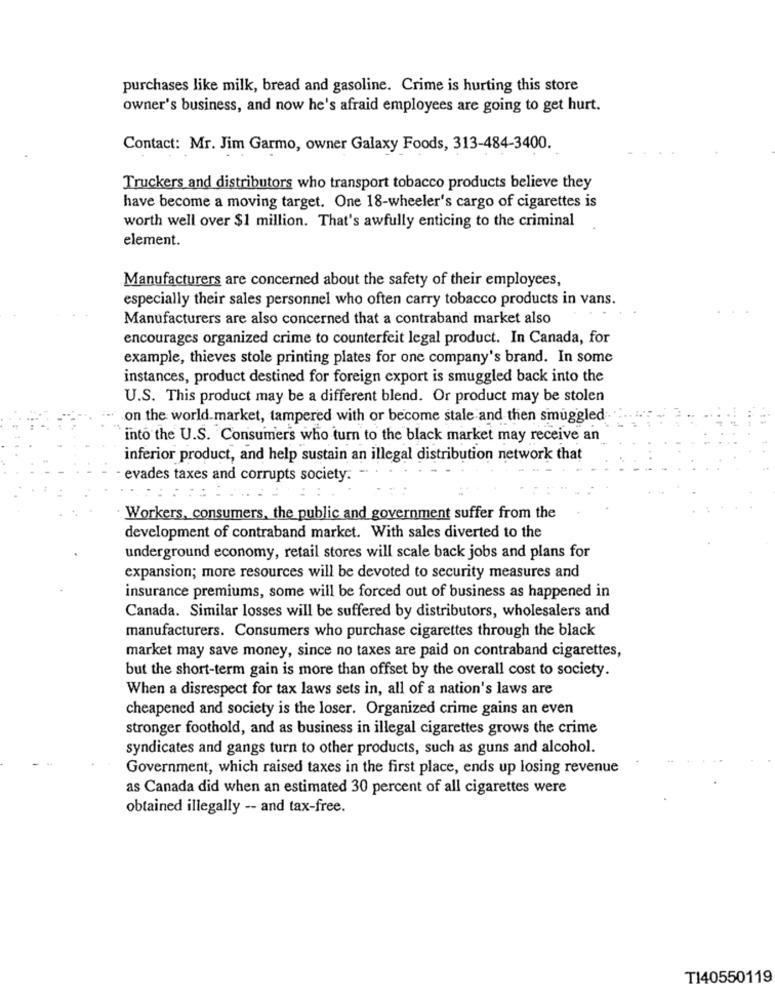
purchases like milk, bread and gasoline. Crime is hurting this store
owner's business, and now he's afraid employees are going to get hurt.
Contact: Mr. Jim Garmo, owner Galaxy Foods, 313-484-3400.
Truckers and distributors who transport tobacco products believe they
have become a moving target. One 18-wheeler's cargo of cigarettes is
worth well over $1 million. That's awfully enticing to the criminal
element.
Manufacturers are concerned about the safety of their employees,
especially their sales personnel who often carry tobacco products in vans.
Manufacturers are also concerned that a contraband market also
encourages organized crime to counterfeit legal product. In Canada, for
example, thieves stole printing plates for one company's brand. In some
instances, product destined for foreign export is smuggled back into the
U.S. This product may be a different blend. Or product may be stolen
on the world.market, tampered with or become stale and then smuggled
into the U.S. Consumers who turn to the black market may receive an
inferior product, and help sustain an illegal distribution network that
- evades taxes and corrupts society.
Workers, consumers, the public and government suffer from the
development of contraband market. With sales diverted to the
underground economy, retail stores will scale back jobs and plans for
expansion; more resources will be devoted to security measures and
insurance premiums, some will be forced out of business as happened in
Canada. Similar losses will be suffered by distributors, wholesalers and
manufacturers. Consumers who purchase cigarettes through the black
market may save money, since no taxes are paid on contraband cigarettes,
but the short-term gain is more than offset by the overall cost to society.
When a disrespect for tax laws sets in, all of a nation's laws are
cheapened and society is the loser. Organized crime gains an even
stronger foothold, and as business in illegal cigarettes grows the crime
syndicates and gangs turn to other products, such as guns and alcohol.
Government, which raised taxes in the first place, ends up losing revenue
as Canada did when an estimated 30 percent of all cigarettes were
obtained illegally -- and tax-free.
T140550119